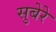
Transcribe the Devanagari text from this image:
सुबेरे